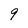
Character: 9